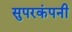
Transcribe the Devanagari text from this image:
सुपरकंपनी